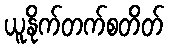
ယူနိုက်တက်စတိတ်